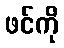
ဖင်ကို